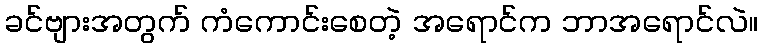
ခင်ဗျားအတွက် ကံကောင်းစေတဲ့ အရောင်က ဘာအရောင်လဲ။